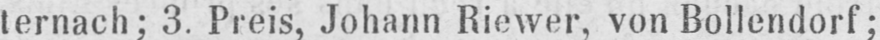
ternach; 3. Preis, Johann Riewer, von Bollendorf;